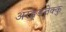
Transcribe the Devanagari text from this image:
अरङ्ङतेक्कु